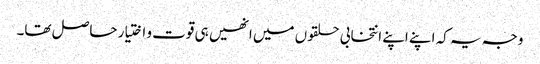
وجہ یہ کہ اپنے اپنے انتخابی حلقوں میں انھیں ہی قوت و اختیار حاصل تھا۔